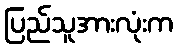
ပြည်သူအားလုံးက